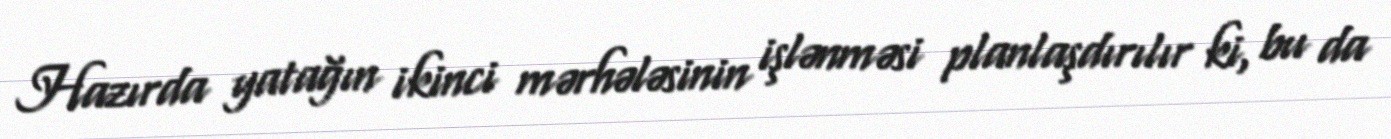
Hazırda yatağın ikinci mərhələsinin işlənməsi planlaşdırılır ki, bu da